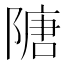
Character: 䧜